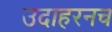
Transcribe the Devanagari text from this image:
उदाहरनच